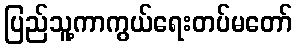
ပြည်သူ့ကာကွယ်ရေးတပ်မတော်